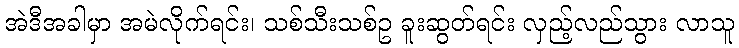
အဲဒီအခါမှာ အမဲလိုက်ရင်း၊ သစ်သီးသစ်ဥ ခူးဆွတ်ရင်း လှည့်လည်သွား လာသူ